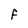
Character: F